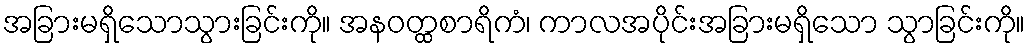
အခြားမရှိသောသွားခြင်းကို။ အနဝတ္ထစာရိကံ၊ ကာလအပိုင်းအခြားမရှိသော သွာခြင်းကို။